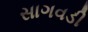
સાગવડી